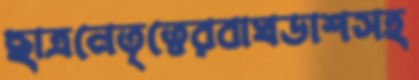
ছাত্রনেতৃত্বেরবাঘডাশসহ